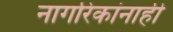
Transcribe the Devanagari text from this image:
नागरिकांनाही